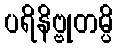
ပရိနိဗ္ဗုတမ္ပိ